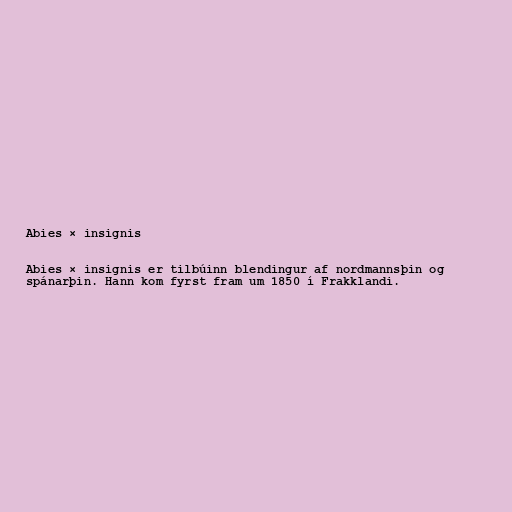
Abies × insignis

Abies × insignis er tilbúinn blendingur af nordmannsþin og
spánarþin. Hann kom fyrst fram um 1850 í Frakklandi.